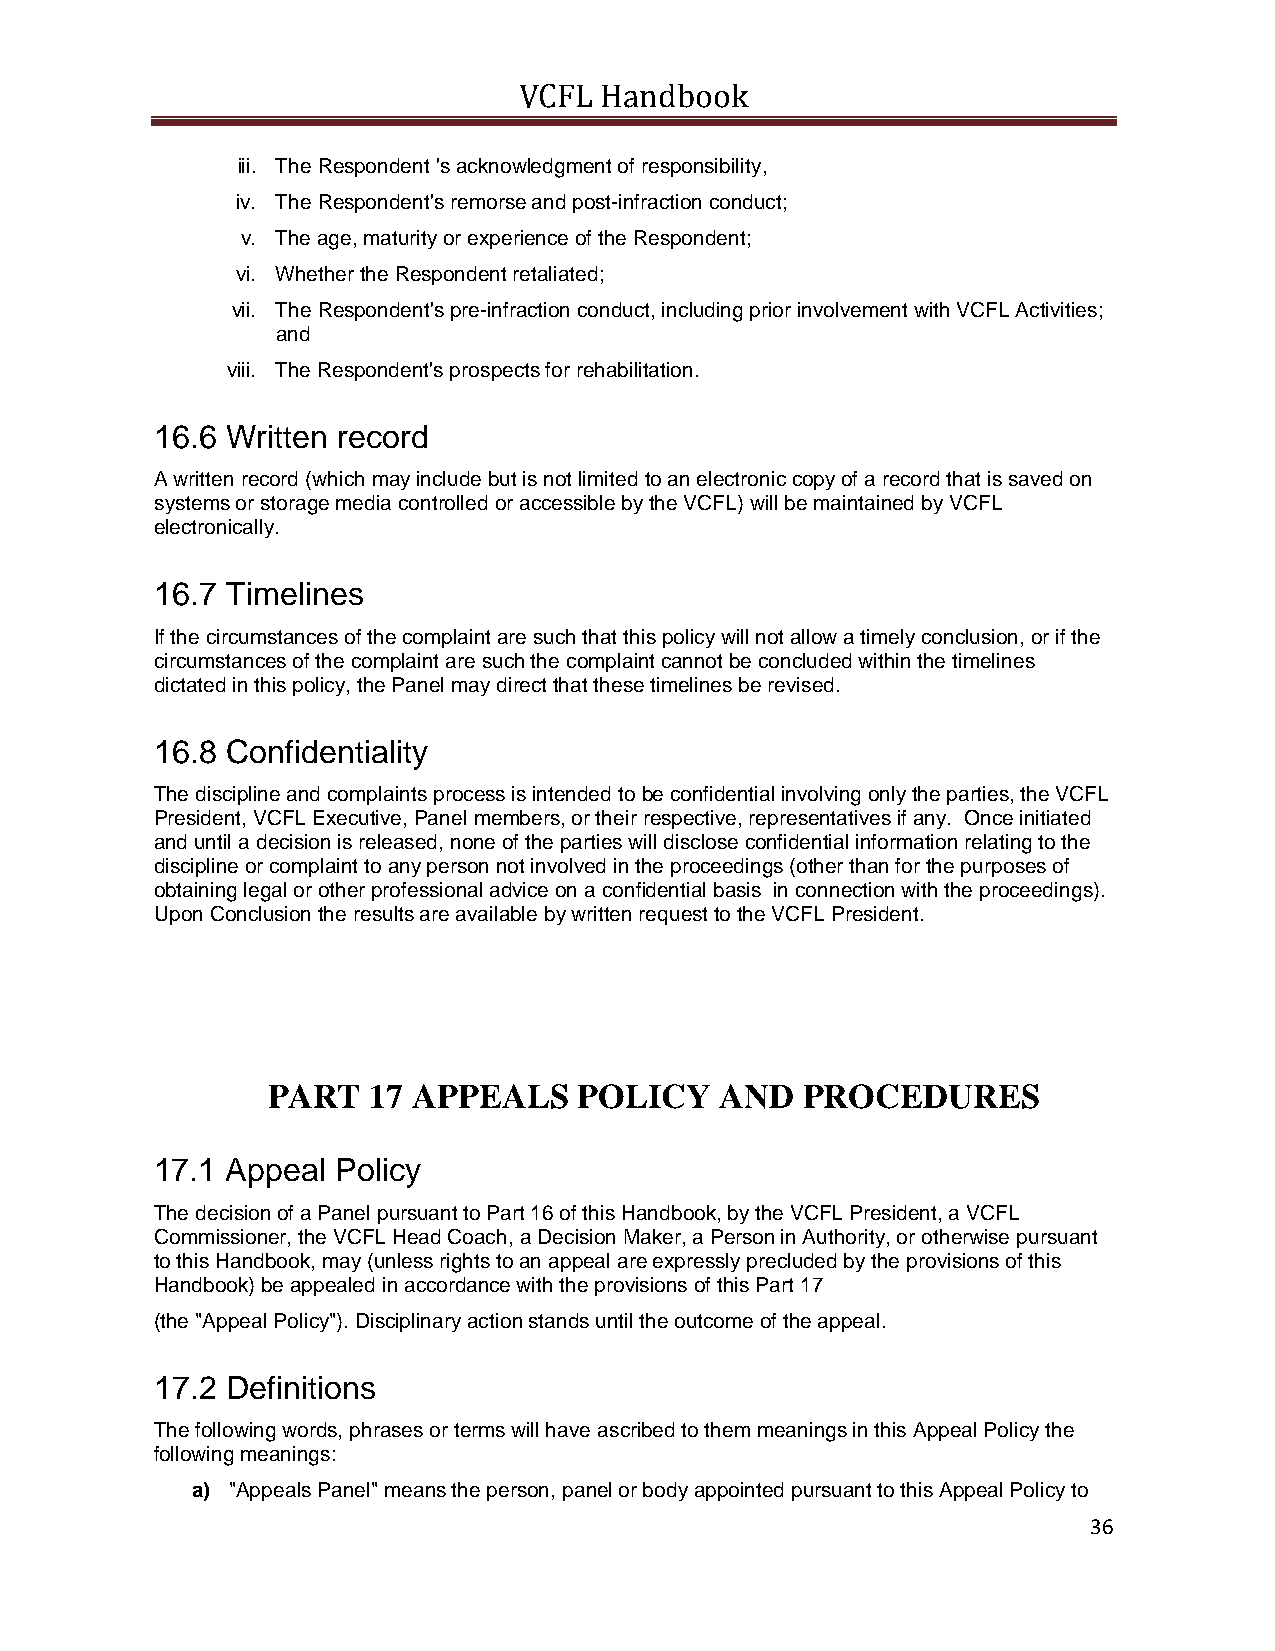
VCFL  Handbook
 iii. The Respondent 's acknowledgment of responsibility,
 iv. The Respondent's remorse and post-infraction conduct;
 v. The age, maturity or experience of the Respondent;
 vi. Whether the Respondent retaliated;
 vii. The Respondent's pre-infraction conduct, including prior involvement with VCFL Activities;
 and
 viii. The Respondent's prospects for rehabilitation.
 16.6 Written record
 A written record (which may include but is not limited to an electronic copy of a record that is saved on
 systems or storage media controlled or accessible by the VCFL) will be maintained by VCFL
 electronically.
 16.7 Timelines
 If the circumstances of the complaint are such that this policy will not allow a timely conclusion, or if the
 circumstances of the complaint are such the complaint cannot be concluded within the timelines
 dictated in this policy, the Panel may direct that these timelines be revised.
 16.8 Confidentiality
 The discipline and complaints process is intended to be confidential involving only the parties, the VCFL
 President, VCFL Executive, Panel members, or their respective, representatives if any. Once initiated
 and until a decision is released, none of the parties will disclose confidential information relating to the
 discipline or complaint to any person not involved in the proceedings (other than for the purposes of
 obtaining legal or other professional advice on a confidential basis in connection with the proceedings).
 Upon Conclusion the results are available by written request to the VCFL President.
 PART  17 APPEALS    POLICY    AND  PROCEDURES
 17.1 Appeal Policy
 The decision of a Panel pursuant to Part 16 of this Handbook, by the VCFL President, a VCFL
 Commissioner, the VCFL Head Coach, a Decision Maker, a Person in Authority, or otherwise pursuant
 to this Handbook, may (unless rights to an appeal are expressly precluded by the provisions of this
 Handbook) be appealed in accordance with the provisions of this Part 17
 (the "Appeal Policy"). Disciplinary action stands until the outcome of the appeal.
 17.2 Definitions
 The following words, phrases or terms will have ascribed to them meanings in this Appeal Policy the
 following meanings:
 a) "Appeals Panel" means the person, panel or body appointed pursuant to this Appeal Policy to
 36